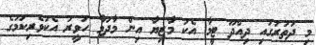
މި ދަތުރުގައި ދިއްދޫ ޓީމާ އެކު މާޒިޔާ އިން މާދަމާ ހަވީރު އެކުވެރިކަމުގެ